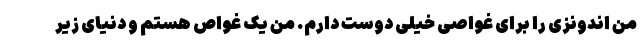
من اندونزی را برای غواصی خیلی دوست دارم. من یک غواص هستم و دنیای زیر